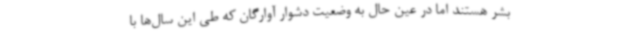
بشر هستند اما در عین حال به وضعیت دشوار آوارگان که طی این سال‌ها با